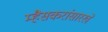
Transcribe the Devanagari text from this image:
म्हैसकरांसारखे